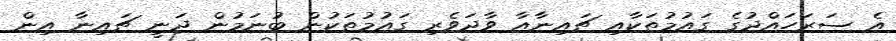
އެ ސަރަހައްދުގެ ގައުމުތަކާއި ޗައިނާއާ ވާދަވެރި ގައުމުތަކުން ބުނަމުން ދަނީ ޗައިނާ އިން